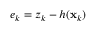
e _ { k } = z _ { k } - h ( \mathbf { x } _ { k } )